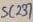
Text: SC237